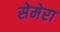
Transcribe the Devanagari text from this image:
सेमेरा